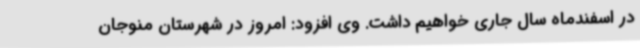
در اسفندماه سال جاری خواهیم داشت. وی افزود: امروز در شهرستان منوجان